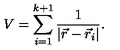
V = \sum _ { i = 1 } ^ { k + 1 } \frac { 1 } { | \vec { r } - \vec { r } _ { i } | } .